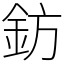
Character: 鈁